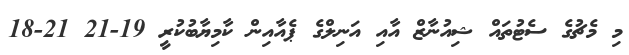
މި މެޗުގެ ސެޓުތައް ޝިއުނާޒް އާއި އަނިލްގެ ޕެއާއިން ކާމިޔާބުކުރީ 19-21 21-18